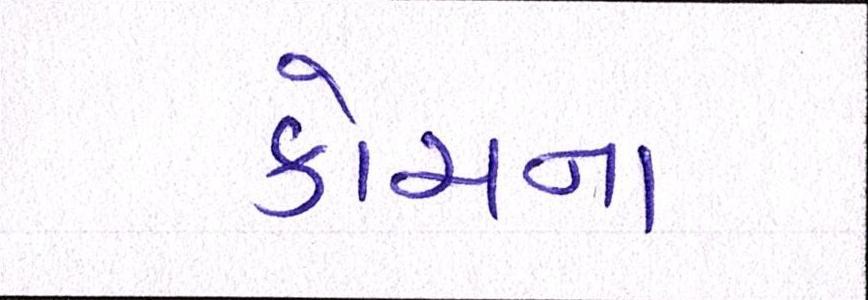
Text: કોચના